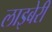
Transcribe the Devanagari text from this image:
लाइबेरी